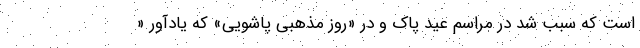
است که سبب شد در مراسم عید پاک و در «روز مذهبی پاشویی» که یادآور «